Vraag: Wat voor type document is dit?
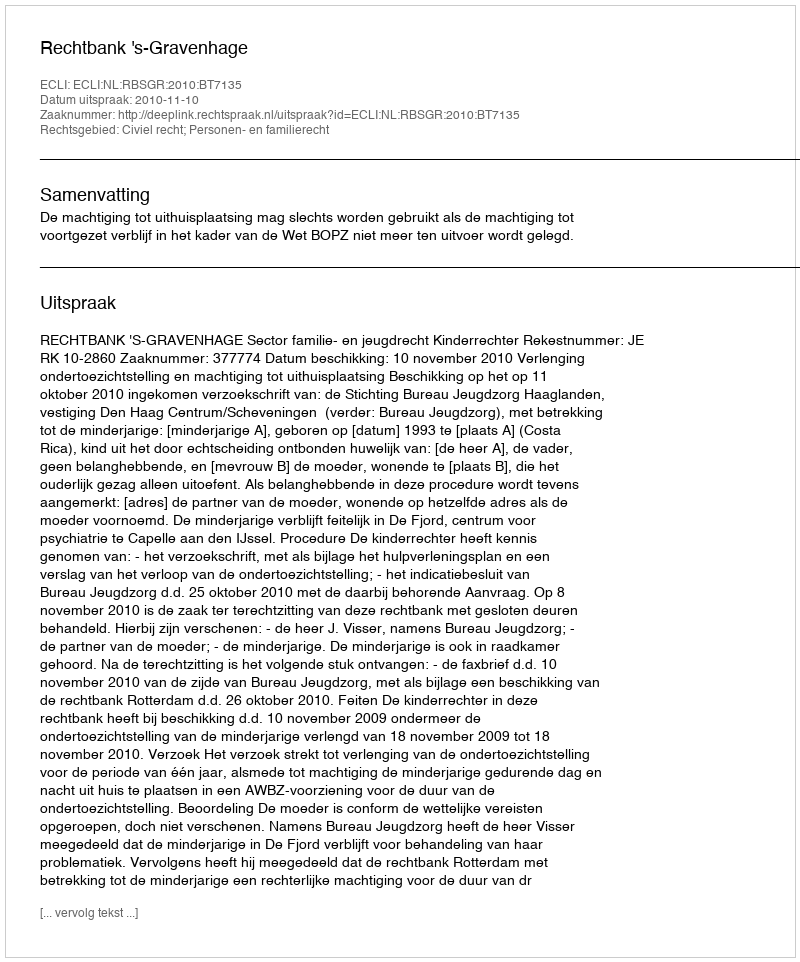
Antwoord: Uitspraak